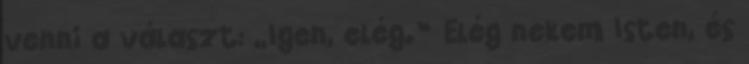
venni a választ: „Igen, elég.” Elég nekem Isten, és